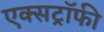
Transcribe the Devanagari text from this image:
एक्सट्रॉफी